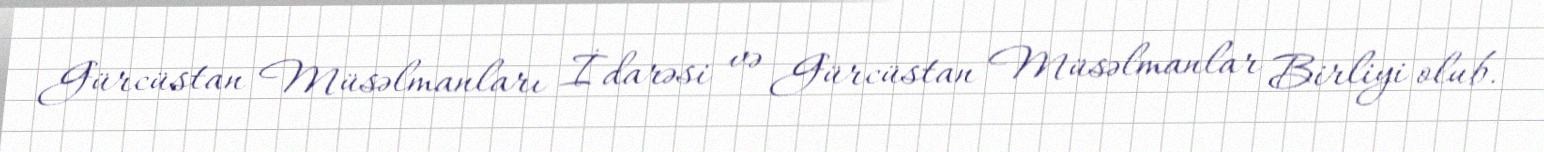
Gürcüstan Müsəlmanları İdarəsi və Gürcüstan Müsəlmanlar Birliyi olub.